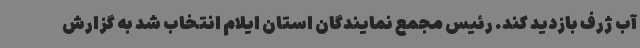
آب ژرف بازدید کند. رئیس مجمع نمایندگان استان ایلام انتخاب شد به گزارش